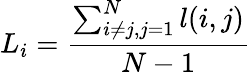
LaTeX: L_{i}=\frac{\sum_{i\neq j,j=1}^{N}l(i,j)}{N-1}